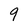
Character: 9